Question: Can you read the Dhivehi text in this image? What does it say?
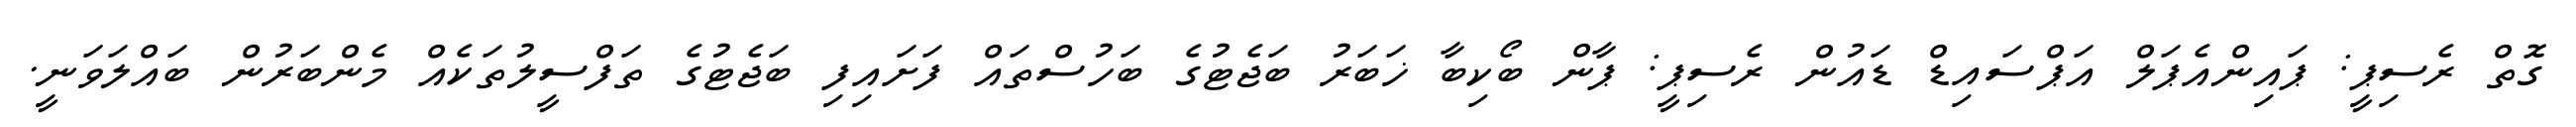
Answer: ގޮތް ރެސިޕީ: ޕައިންއެޕަލް އަޕްސައިޑް ޑައުން ރެސިޕީ: ޕާން ބޯކިބާ ޚަބަރު ބަޖެޓުގެ ބަހުސްތައް ފަށައިފި ބަޖެޓުގެ ތަފްސީލުތަކެއް މެންބަރުން ބައްލަވަނީ.